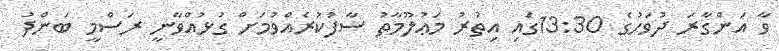
ވާ އަންގާރަ ދުވަހުގެ 13:30ގައި އިތުރު މަޢުލޫމާތު ސާފުކުރެއްވުމަށް ގުޅުއްވާނީ ރަސްމީ ބަންދު